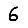
Digit: 6